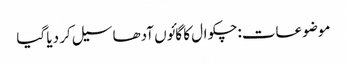
موضوعات:چکوال کا گائوں آدھا سیل کر دیا گیا